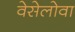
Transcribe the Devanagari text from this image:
वेसेलोवा